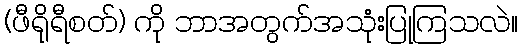
(ဖီရိုရီစတ်) ကို ဘာအတွက်အသုံးပြုကြသလဲ။